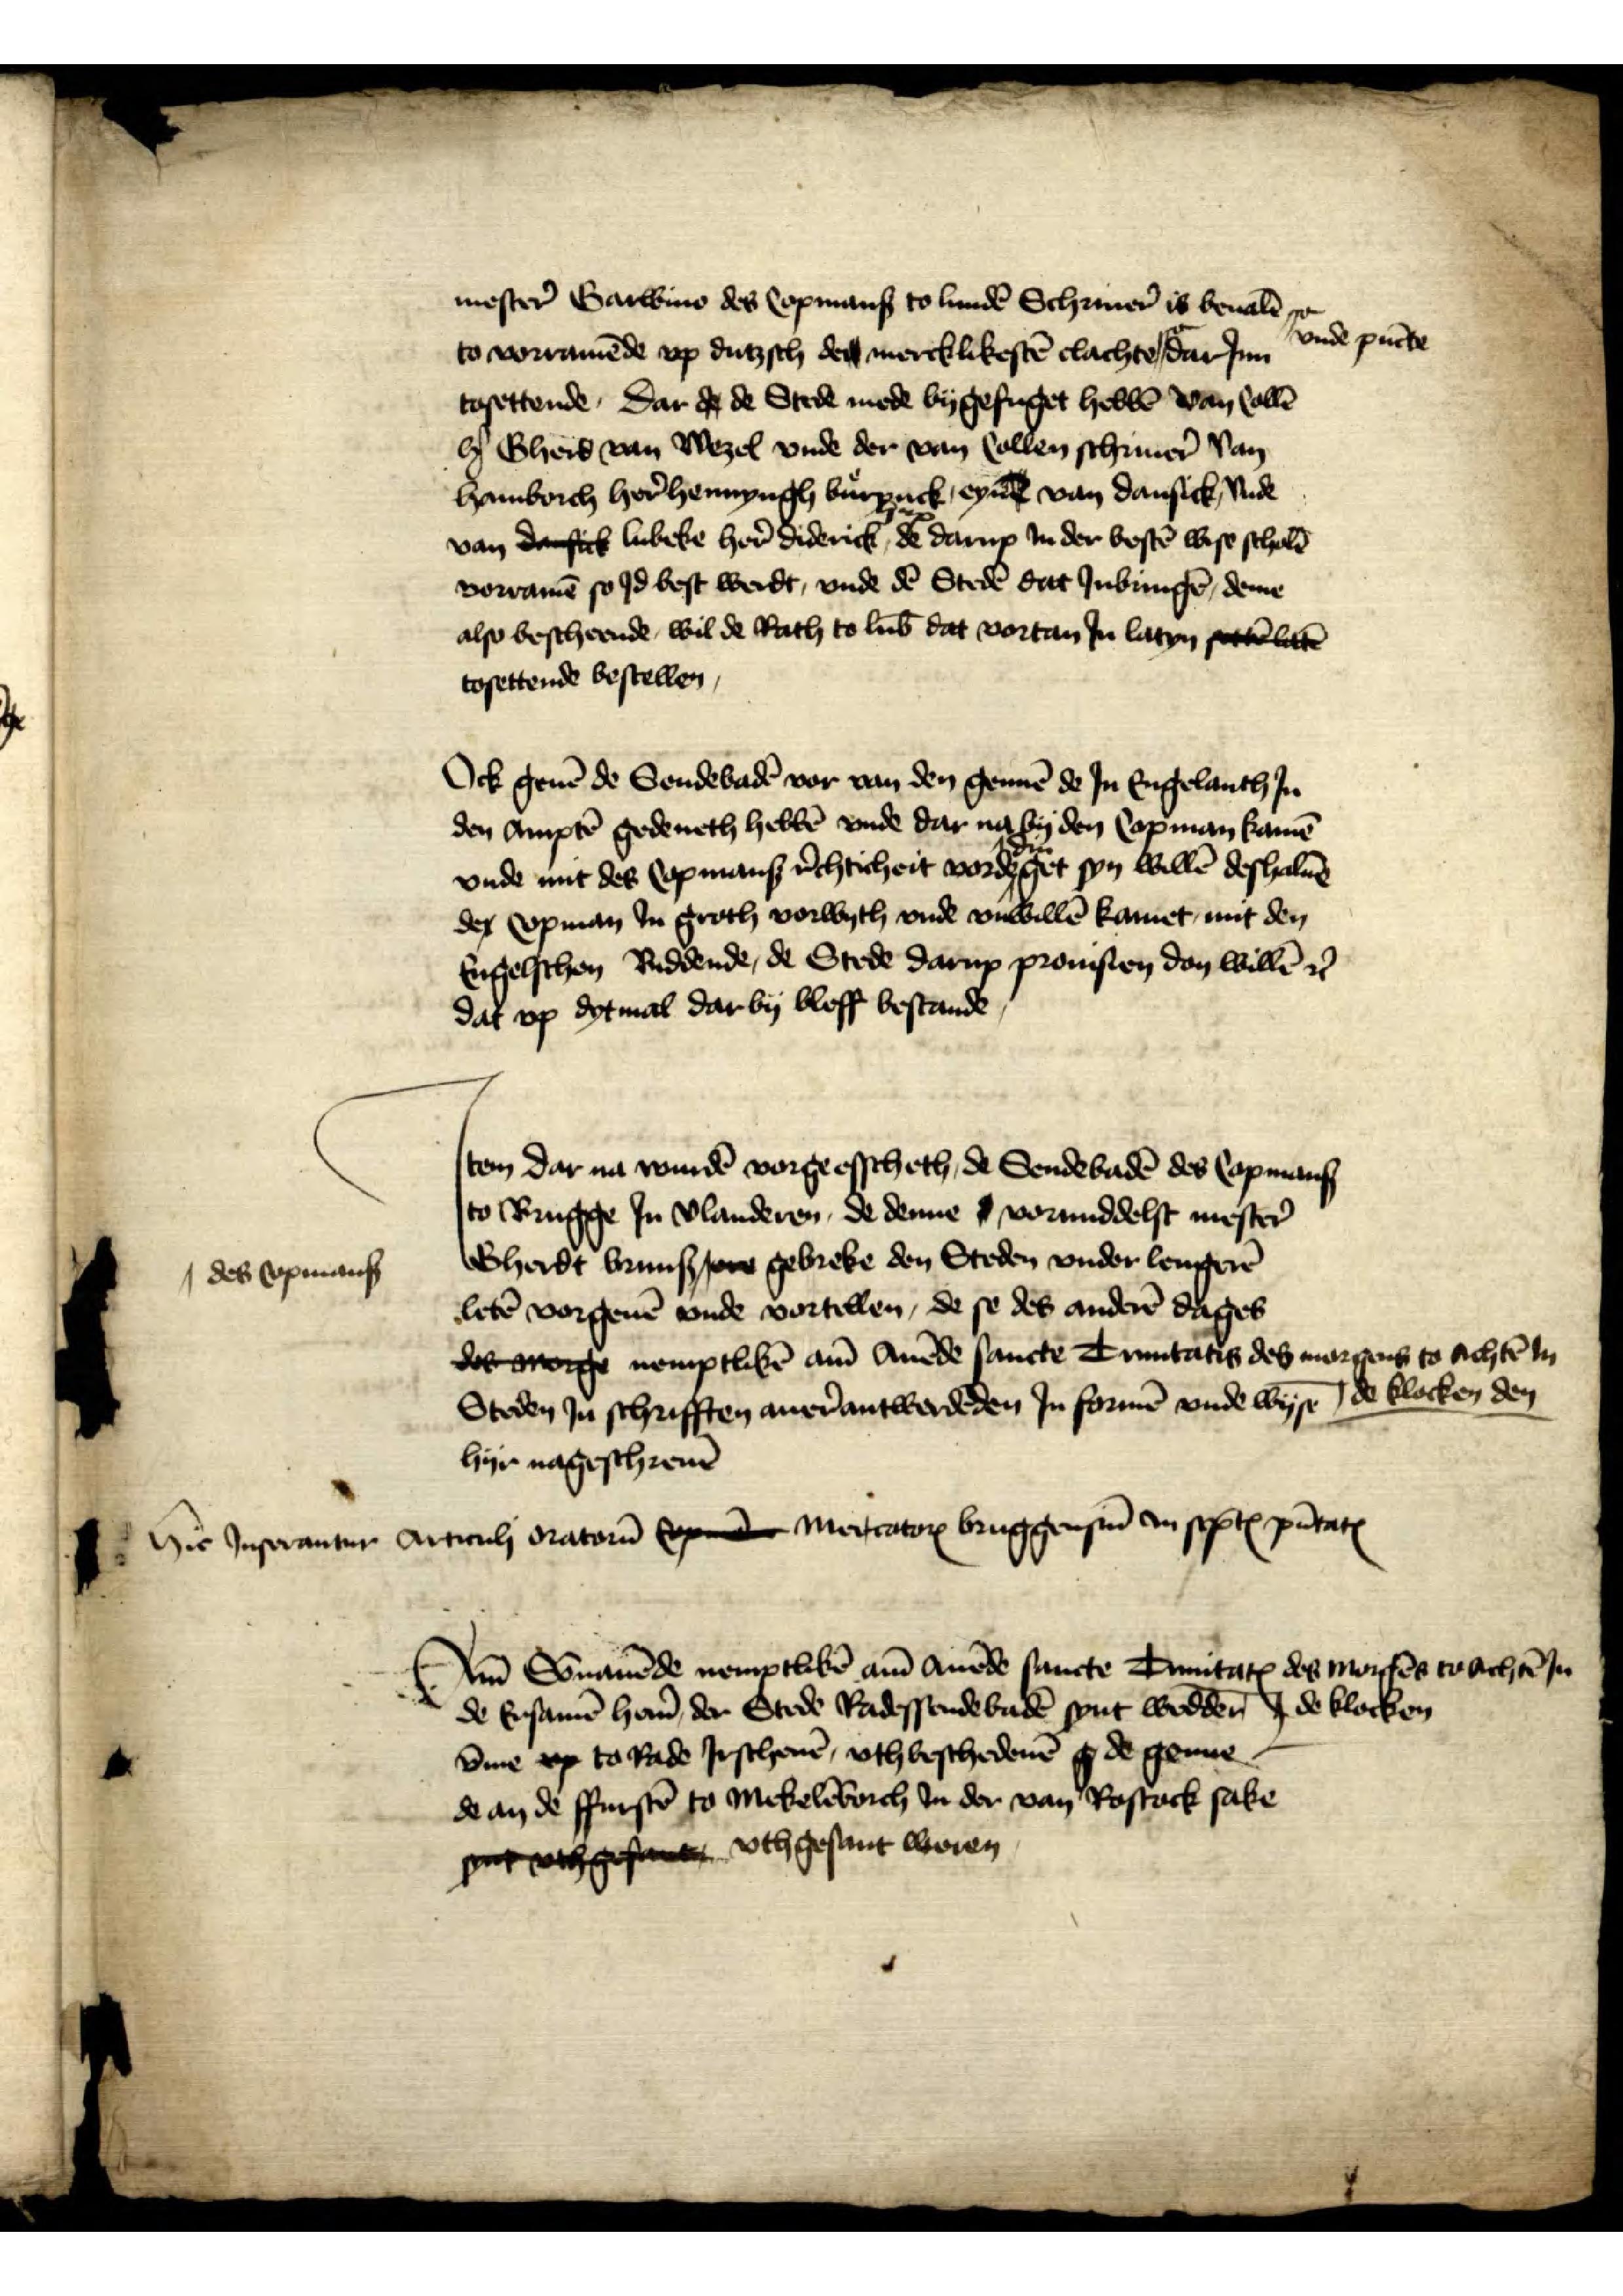
mester̉ Garwime des Copmans to Lundē Schriuer̉ is beualē
to vorramēde vp dutzsch de mercklikestē clachte vnde pūcte, dar Jnn
tosettende, dar d de Stede mede bygefuget hebbē van Collē
hꝬ Gherd van Wezel vnde der van Collen schriuer̉ van
Hamborch her̉ Hennyngh Burynck, eyne van Dansick, vnde
van darsth Lubeke her̉ Diderick, de darup Jn der bestē wise scholē
vorramē so Jd best werdt, vnde dē Stedē dat Jnbringē, deme
also bescheende, wil de Rath to Lub̄ dat vortan Jn latyn selatte
tosettende bestellen

Ock geuē de Sendebadē vor van den gennē de Jn Engelanth Jn
den Amptē gedeneth hebbē vnde dar na by den Copman kamē
vnde mit des Copmans r̉chticheit vordedinget syn willē deshaluē
de Copman Jn groth vorwyth vnde vnwillē kamet mit den
Engelschen Riddende, de Stede darup prouisien don willē et̉
dat vp dytmal dar by bleff bestande

Jtem dar na wurdē vorgeesscheth, de Sendebadē des Copmans
to Brugge Jn Vlanderen, de denne s vormiddelst mester̉
Gherdt Bruns sere gebreke den Steden vnder lengerē
letē vorgeuē vnde vortellen, de se des anderē dages
des rorge nemptlikē am Auēde sancte Trinitatis des morgens to achtē Jn
de klocken den
Steden Jn schrifften auerantwerdēden Jn formē vnde Wyse
hyr nageschreuē

hic Inserantur Articuli oratarū see MertatorꝬ bruggensū in scp̉tꝬ pūtatꝬ

Am Sonauēde nemptlikē am auēde sancte TrinitatꝬ des morgēs to achtē Jn
de klocken
de Ersamē her̉n der Stede Radessendebadē synt wedder¬
v̄me vp to Rade Jrschenē, vth beschedenē ge de genne
de an de ffurstē to Mekelēborch Jn der van Rostock sake
snt vthgesa vthgesant woren